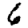
Digit: 6